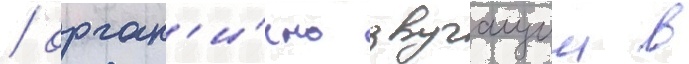
/ орган'и́чно звучащии в